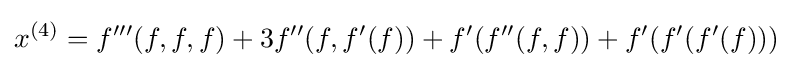
x^{(4)}=f^{\prime \prime \prime }(f,f,f)+3f^{\prime \prime }(f,f^{\prime }(f))+f^{\prime }(f^{\prime \prime }(f,f))+f^{\prime }(f^{\prime }(f^{\prime }(f)))